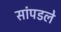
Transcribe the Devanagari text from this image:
सांपडले